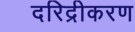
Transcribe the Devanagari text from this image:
दरिद्रीकरण